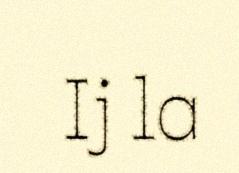
Ij la